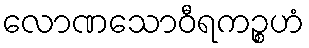
လောဏသောဝီရကဉ္စဟံ